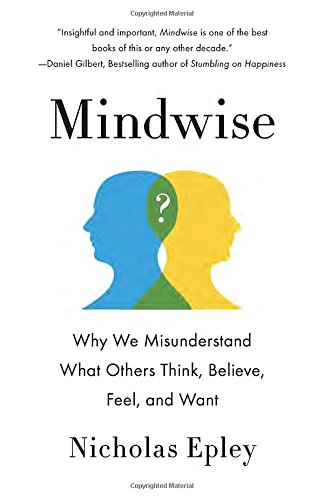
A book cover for Mindwise: Why We Misunderstand What Others Think, Believe, Feel, and Want; Nicholas Epley; Medical Books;